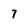
Character: 7